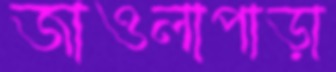
জাওলাপাড়া